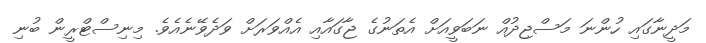
މަދީނާގައި ހުންނަ މަސްޖިދުއް ނަބަވީއަށް އެތަނުގެ ޖާގައާއި އެއްވަރަށް ވަދެވޭނެއެވެ. މިނިސްޓްރީން ބުނި